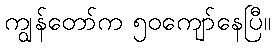
ကျွန်တော်က ၅၀ကျော်နေပြီ။